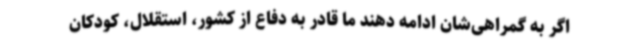
اگر به گمراهی‌شان ادامه دهند ما قادر به دفاع از کشور، استقلال، کودکان